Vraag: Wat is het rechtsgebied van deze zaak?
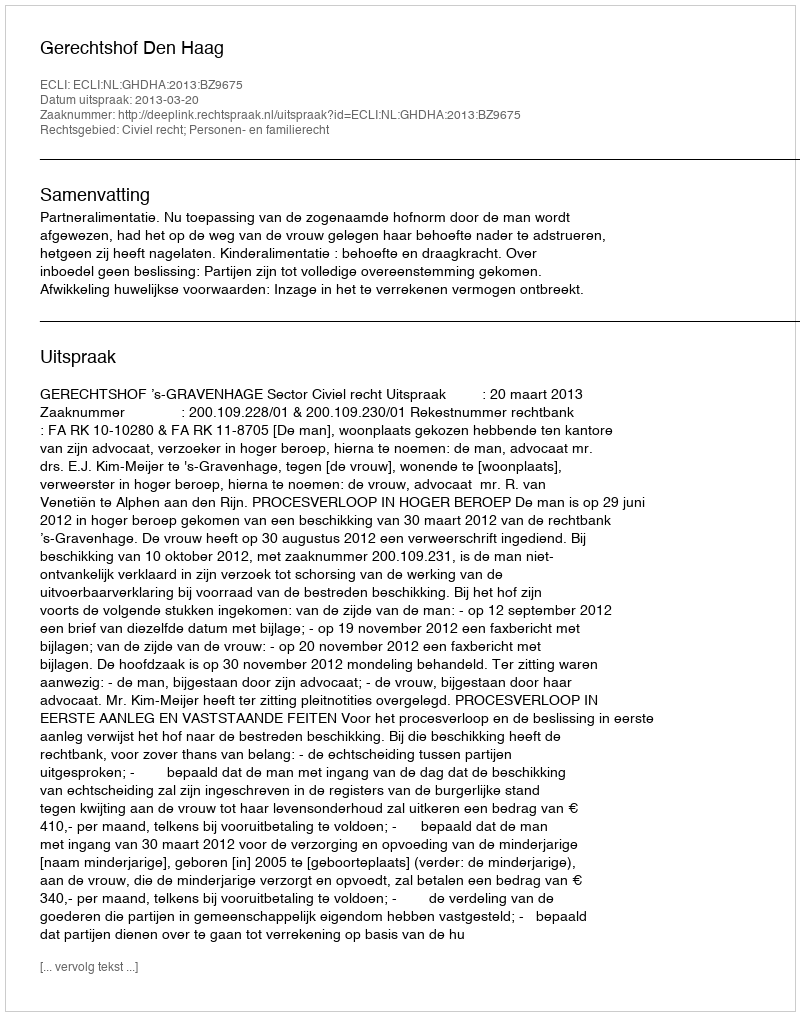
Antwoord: Civiel recht; Personen- en familierecht